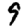
Digit: 9